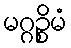
မဂ္ဂဉ္စိမံ